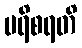
ပရိစရတိ